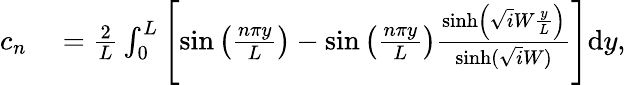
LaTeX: \begin{array}{rl}{c_{n}}&{{}=\frac{2}{L}\int_{0}^{L}\left[\sin\left(\frac{n\pi y}{L}\right)-\sin\left(\frac{n\pi y}{L}\right)\frac{\sinh\left(\sqrt iW\frac{y}{L}\right)}{\sinh(\sqrt iW)}\right]\mathrm{d}y,}\end{array}